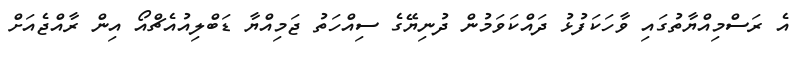
އެ ރަސްމިއްޔާތުގައި ވާހަކަފުޅު ދައްކަވަމުން ދުނިޔޭގެ ސިއްހަތު ޖަމިއްޔާ ޑަބްލިއުއެޗްއޯ އިން ރާއްޖެއަށް